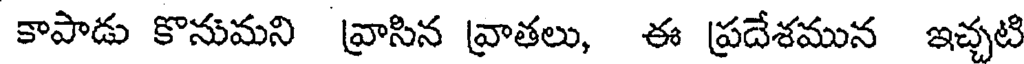
కాపాడు కొనుమని వ్రాసిన వ్రాతలు, ఈ ప్రదేశమున ఇచ్చటి